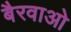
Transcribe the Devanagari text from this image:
बैरवाओ